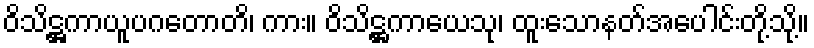
ဝိသိဋ္ဌကာယူပဂတောတိ၊ ကား။ ဝိသိဋ္ဌကာယေသု၊ ထူးသောနတ်အပေါင်းတို့သို့။